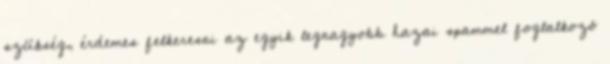
szükség, érdemes felkeresni az egyik legnagyobb hazai spammel foglalkozó